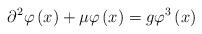
LaTeX: \begin{align*}\partial^{2}\varphi\left( x \right)+\mu \varphi\left( x\right)=g\varphi^{3}\left( x \right)\end{align*}